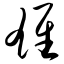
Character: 雄